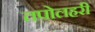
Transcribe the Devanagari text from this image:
तपोलहरी